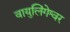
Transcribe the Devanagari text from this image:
वायुलिंगेश्वर